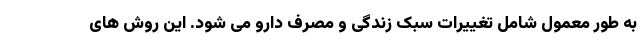
به طور معمول شامل تغییرات سبک زندگی و مصرف دارو می شود. این روش های